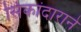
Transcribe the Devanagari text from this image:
सिकांदाराने